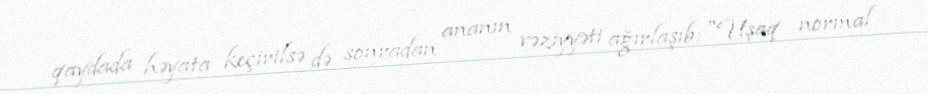
qaydada həyata keçirilsə də sonradan ananın vəziyyəti ağırlaşıb: "Uşaq normal